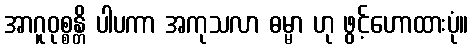
အာဂူဝုစ္စန္တိ ပါပကာ အကုသလာ ဓမ္မာ ဟု ဖွင့်ဟောထားပုံ။